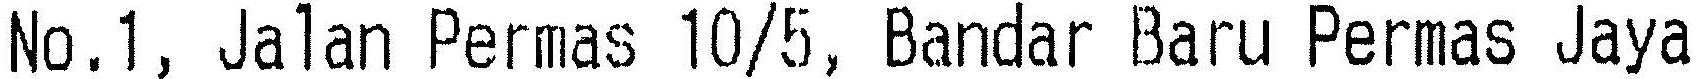
NO.1, JALAN PERMAS 10/5, BANDAR BARU PERMAS JAYA